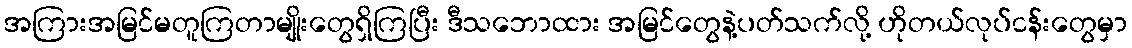
အကြားအမြင်မတူကြတာမျိုးတွေရှိကြပြီး ဒီသဘောထား အမြင်တွေနဲ့ပတ်သက်လို့ ဟိုတယ်လုပ်ငန်းတွေမှာ